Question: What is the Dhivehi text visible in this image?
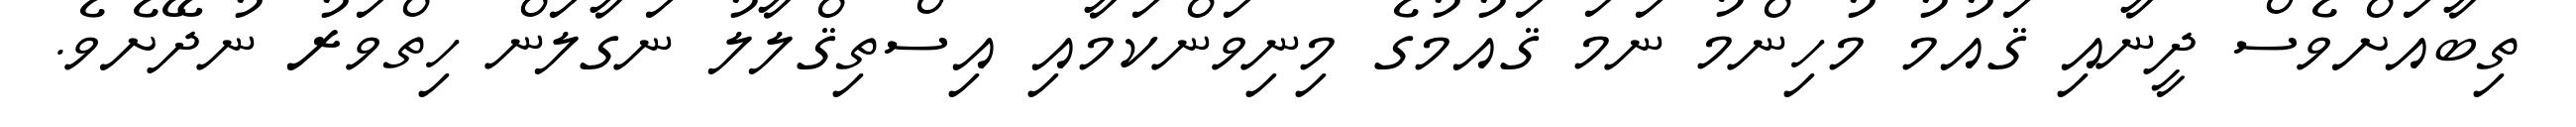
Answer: ތިބާއަށްވެސް ދީނާއި ޤައުމު މުހިންމު ނަމަ ޤައުމުގެ މިނިވަންކަމާއި އިސްތިޤްލާލު ނަގާލަން ހިތްވަރު ނުދޭށެވެ.